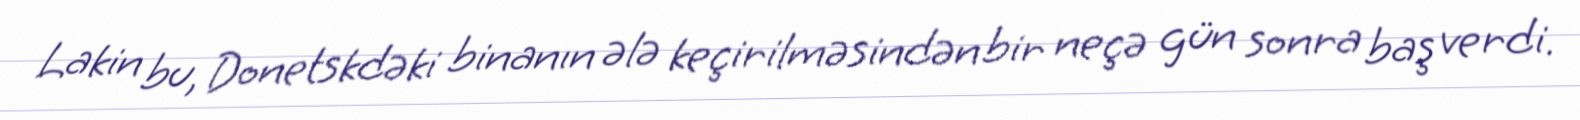
Lakin bu, Donetskdəki binanın ələ keçirilməsindən bir neçə gün sonra baş verdi.